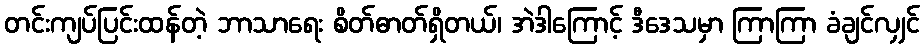
တင်းကျပ်ပြင်းထန်တဲ့ ဘာသာရေး စိတ်ဓာတ်ရှိတယ်၊ အဲဒါကြောင့် ဒီဒေသမှာ ကြာကြာ ခံချင်လျှင်